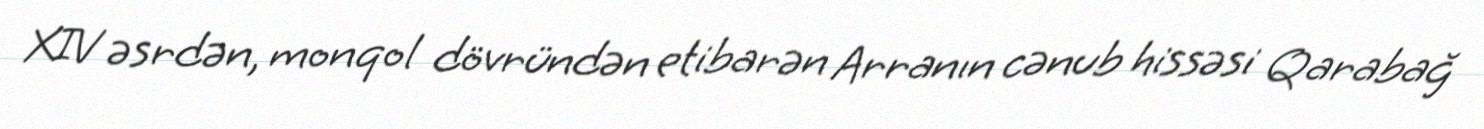
XIV əsrdən, monqol dövründən etibarən Arranın cənub hissəsi Qarabağ